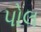
પોલ